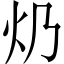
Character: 𤆈